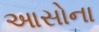
આસોના